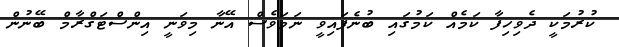
ކުރުމަކީ ދެވިހިފާ ކަމެއް ކަމުގައި ބުނެފައިވީ ނަމަވެސް އޭނާ މިވަނީ އިންސްޓަގްރާމް ބޭނުން